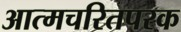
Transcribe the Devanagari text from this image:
आत्मचरितपरक